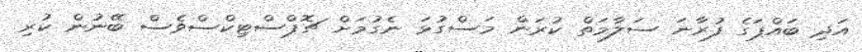
އަދި ބައްޕަގެ ފުރާނަ ސަލާމަތް ކުރަން މަސްގުޅަ ނެގުމަށް ޗޮޕްސްޓިކްސްވެސް ބޭނުން ކުރި